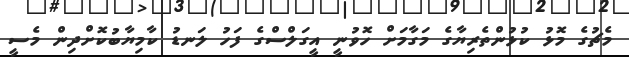
މެޗުގެ މޮޅު ކުޅުންތެރިޔާގެ މަގާމަށް ހޮވުނީ އީގަލްސްގެ ފަހު ލަނޑު ކާމިޔާބުކޮށްދިން މެސީ